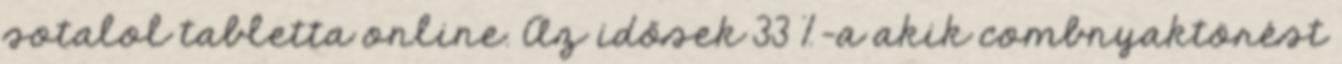
sotalol tabletta online. Az idősek 33 %-a akik combnyaktörést